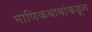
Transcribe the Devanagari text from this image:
माणिकबाबांकडून